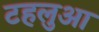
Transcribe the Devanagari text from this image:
टहलुआ